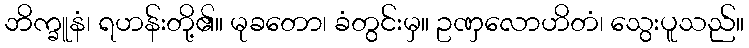
ဘိက္ခူနံ၊ ရဟန်းတို့၏။ မုခတော၊ ခံတွင်းမှ။ ဥဏှလောဟိတံ၊ သွေးပူသည်။